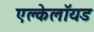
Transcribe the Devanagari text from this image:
एल्केलॉयड